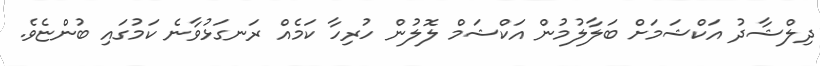
ދިލްޝާދު އަކްޝަމަށް ބަލާލުމުން އަކްޝަމް ލޮލުން ހުރިހާ ކަމެއް ރަނގަޅުވާނެ ކަމުގައި ބުންޏެެވެ.